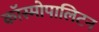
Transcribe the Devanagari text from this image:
कॉस्मोपालिटन